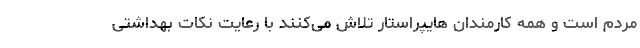
مردم است و همه کارمندان هایپراستار تلاش می‌کنند با رعایت نکات بهداشتی